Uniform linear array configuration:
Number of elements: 24
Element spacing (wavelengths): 0.75
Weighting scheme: hamming
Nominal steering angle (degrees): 15
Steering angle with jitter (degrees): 16.094
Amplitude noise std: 0.05
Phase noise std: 0.05

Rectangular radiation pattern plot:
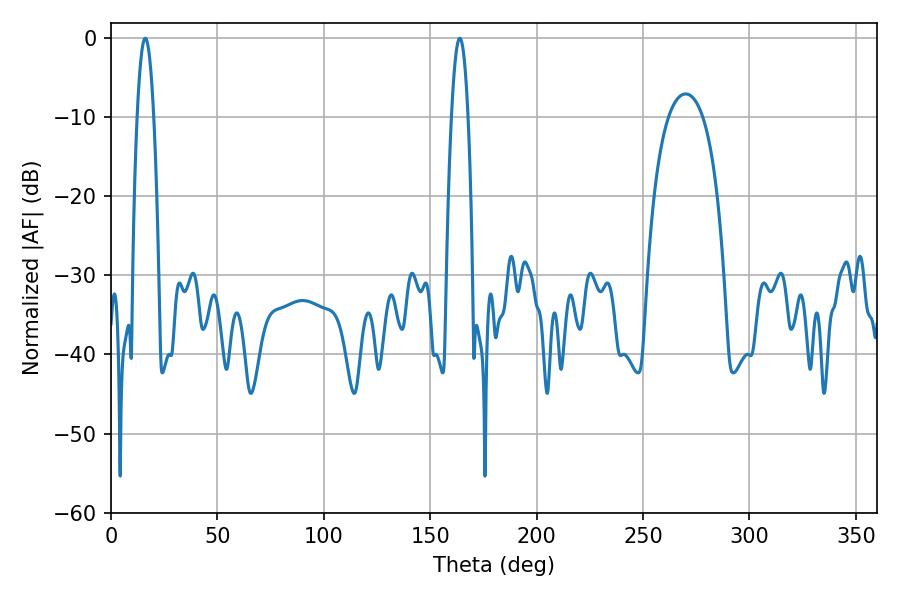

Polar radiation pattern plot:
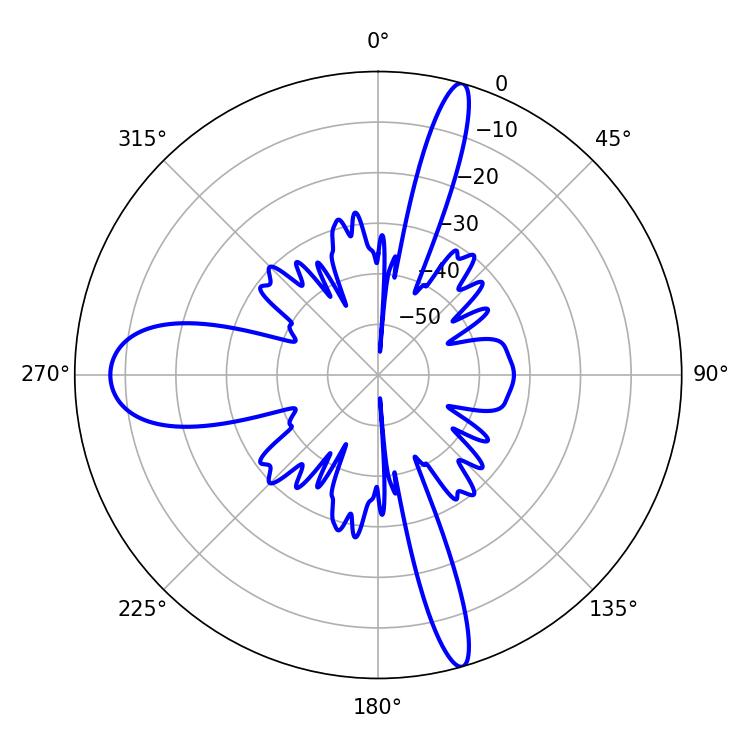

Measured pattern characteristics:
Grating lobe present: TRUE
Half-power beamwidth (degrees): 4.14
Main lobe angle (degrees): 16.02